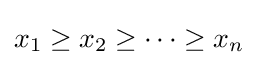
x_{1}\geq x_{2}\geq \cdots \geq x_{n}